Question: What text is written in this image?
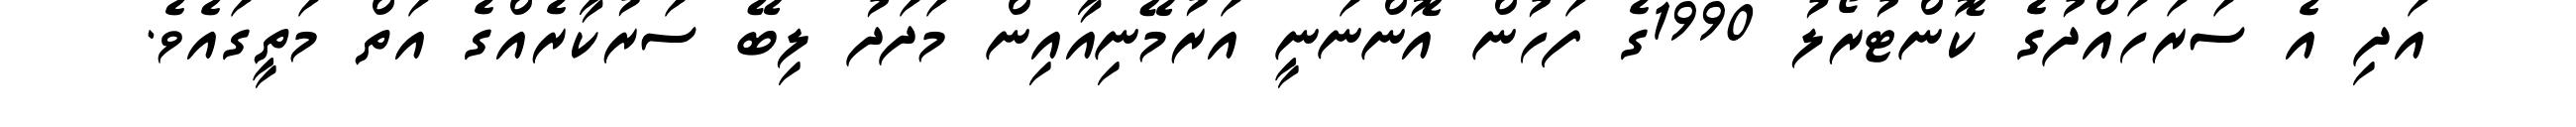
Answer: އަދި އެ ސަރަހައްދުގެ ކޮންޓުރޯލު 1990ގެ ފަހުން އޮންނަނީ އަރުމޭނިއާއިން މަދަދު ލިބޭ ސަރުކާރެއްގެ އަތް މަތީގައެވެ.